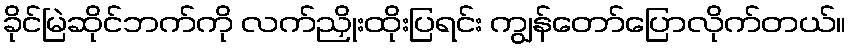
ခိုင်မြဲဆိုင်ဘက်ကို လက်ညှိုးထိုးပြရင်း ကျွန်တော်ပြောလိုက်တယ်။